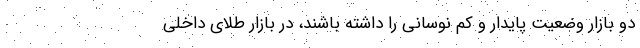
دو بازار وضعیت پایدار و کم نوسانی را داشته باشند، در بازار طلای داخلی